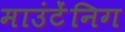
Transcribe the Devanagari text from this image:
माउंटेंनिग